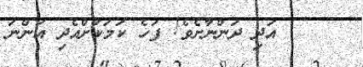
١٠     އަދި ދަންނާށެވެ! ފަހެ ކަމަކަށްއެދި އަންނަ